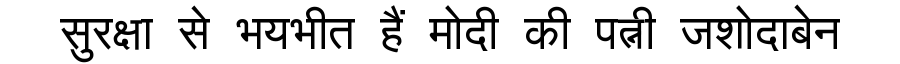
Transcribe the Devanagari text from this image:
सुरक्षा से भयभीत हैं मोदी की पत्नी जशोदाबेन